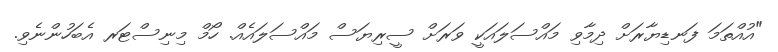
"އުއްތަމަ ފަނޑިޔާރަށް ދިމާވި މައްސަލައަކީ ވަރަށް ސީރިޔަސް މައްސަލައެއް. ހޯމް މިނިސްޓަރ އެބަހުންނެވި.